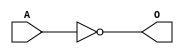
module MJINVE(A, O);
input   A;
output  O;
not g0(O, A);
endmodule